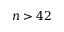
n > 4 2